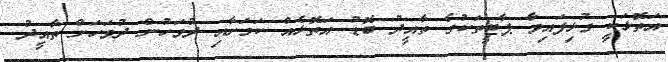
އަތޮޅަކީ ގުޅިފައިވާ ޕާޓީތަކުގެ ތާއީދު ބޮޑު އަތޮޅެއް ކަމަށާއި ދުވަހުން ދުވަހަށް ތާއީދު